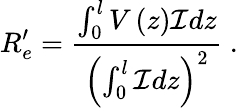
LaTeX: R_{e}^{\prime}=\frac{\int_{0}^{l}V\left(z\right)\mathcal{I}dz}{\left(\int_{0}^{l}\mathcal{I}dz\right)^{2}}\mathrm{~.~}